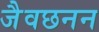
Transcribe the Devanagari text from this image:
जैवछनन